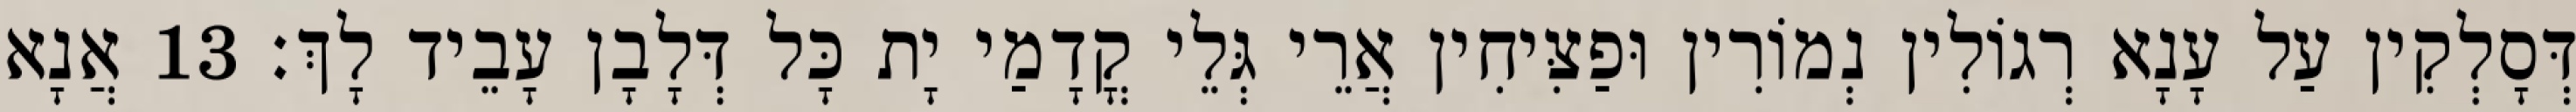
דְּסָלְקִין עַל עָנָא רְגוֹלִין נְמוֹרִין וּפַצִּיחִין אֲרֵי גְּלֵי קֳדָמַי יָת כָּל דְּלָבָן עָבֵיד לָךְ׃ 13 אֲנָא